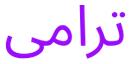
ترامى